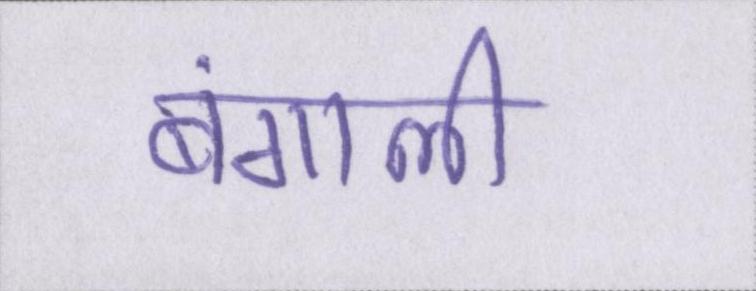
बंगाली